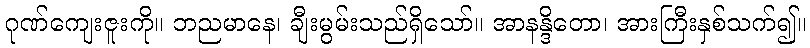
ဂုဏ်ကျေးဇူးကို။ ဘညမာနေ၊ ချီးမွမ်းသည်ရှိသော်။ အာနန္ဒိတော၊ အားကြီးနှစ်သက်၍။